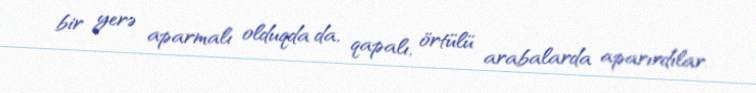
bir yerə aparmalı olduqda da, qapalı, örtülü arabalarda aparırdılar.